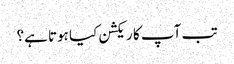
تب آپ کا ریکشن کیا ہوتا ہے؟